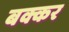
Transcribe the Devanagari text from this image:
बक्कर